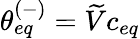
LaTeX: \theta_{eq}^{(-)}=\widetilde{V}c_{eq}